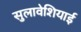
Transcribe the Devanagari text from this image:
सुलावेशियाई